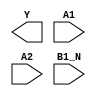
module sky130_fd_sc_lp__a21boi (
    Y   ,
    A1  ,
    A2  ,
    B1_N
);

    output Y   ;
    input  A1  ;
    input  A2  ;
    input  B1_N;

    // Voltage supply signals
    supply1 VPWR;
    supply0 VGND;
    supply1 VPB ;
    supply0 VNB ;

endmodule